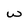
Character: w